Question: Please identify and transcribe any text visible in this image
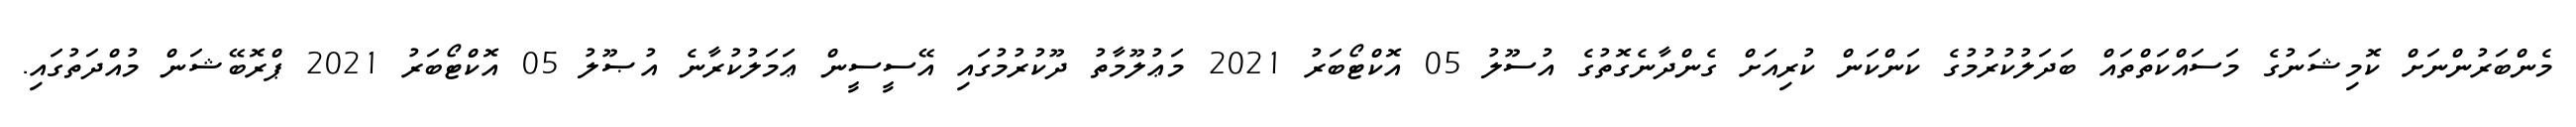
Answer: މެންބަރުންނަށް ކޮމިޝަނުގެ މަސައްކަތްތައް ބަދަލުކުރުމުގެ ކަންކަން ކުރިއަށް ގެންދާނެގޮތުގެ އުސޫލު 05 އޮކްޓޯބަރު 2021 މަޢުލޫމާތު ދޫކުރުމުގައި އޭސީސީން ޢަމަލުކުރާނެ އުޞޫލު 05 އޮކްޓޯބަރު 2021 ޕްރޮބޭޝަން މުއްދަތުގައި.